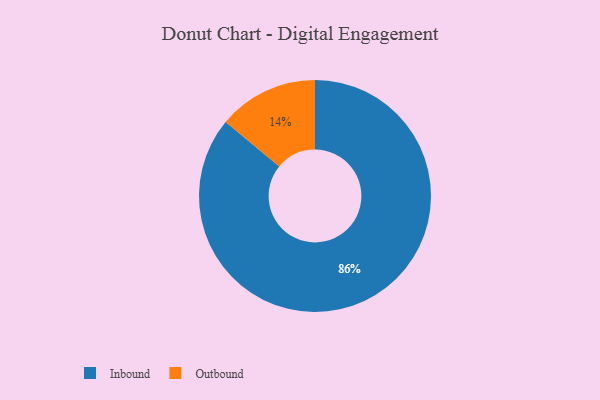
{"axis": {"x": "Category", "y": "Percentage"}, "legend": ["Inbound", "Outbound"], "data": [{"x": "Inbound", "y": 86, "type": "Inbound"}, {"x": "Outbound", "y": 14, "type": "Outbound"}]}